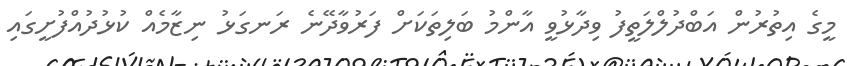
މީގެ އިތުރުން އަބްދުލްލަތީފު ވިދާޅުވީ އާންމު ބަލިތަކަށް ފަރުވާދޭނެ ރަނގަޅު ނިޒާމެއް ކުޅުދުއްފުށީގައި